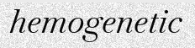
hemogenetic